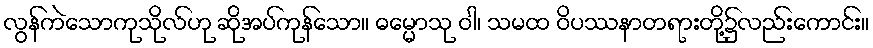
လွန်ကဲသောကုသိုလ်ဟု ဆိုအပ်ကုန်သော။ ဓမ္မောသု ဝါ၊ သမထ ဝိပဿနာတရားတို့၌လည်းကောင်း။